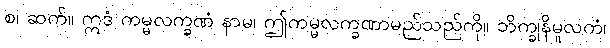
စ၊ ဆက်။ ဣဒံ ကမ္မလက္ခဏံ နာမ၊ ဤကမ္မလက္ခဏာမည်သည်ကို။ ဘိက္ခုနိမူလကံ၊